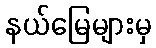
နယ်မြေများမှ